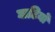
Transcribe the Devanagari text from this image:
घाटियों